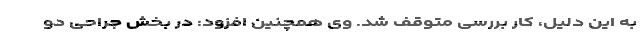
به این دلیل، کار بررسی متوقف شد. وی همچنین افزود: در بخش جراحی دو